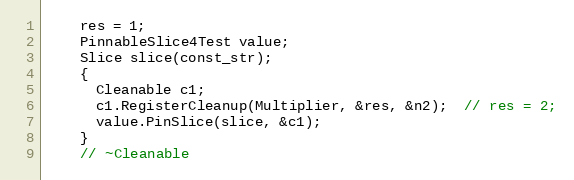
Language: C++
    res = 1;
    PinnableSlice4Test value;
    Slice slice(const_str);
    {
      Cleanable c1;
      c1.RegisterCleanup(Multiplier, &res, &n2);  // res = 2;
      value.PinSlice(slice, &c1);
    }
    // ~Cleanable